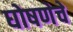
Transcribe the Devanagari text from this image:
घोषणेचे